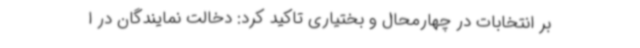
بر انتخابات در چهارمحال و بختیاری تاکید کرد: دخالت نمایندگان در ا